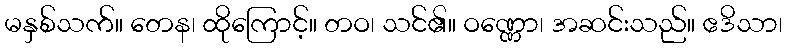
မနှစ်သက်။ တေန၊ ထိုကြောင့်။ တဝ၊ သင်၏။ ဝဏ္ဏော၊ အဆင်းသည်။ ဧဒိသာ၊